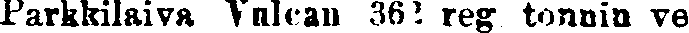
Parkkilaiva Vulcan 362 reg. tonnia ve